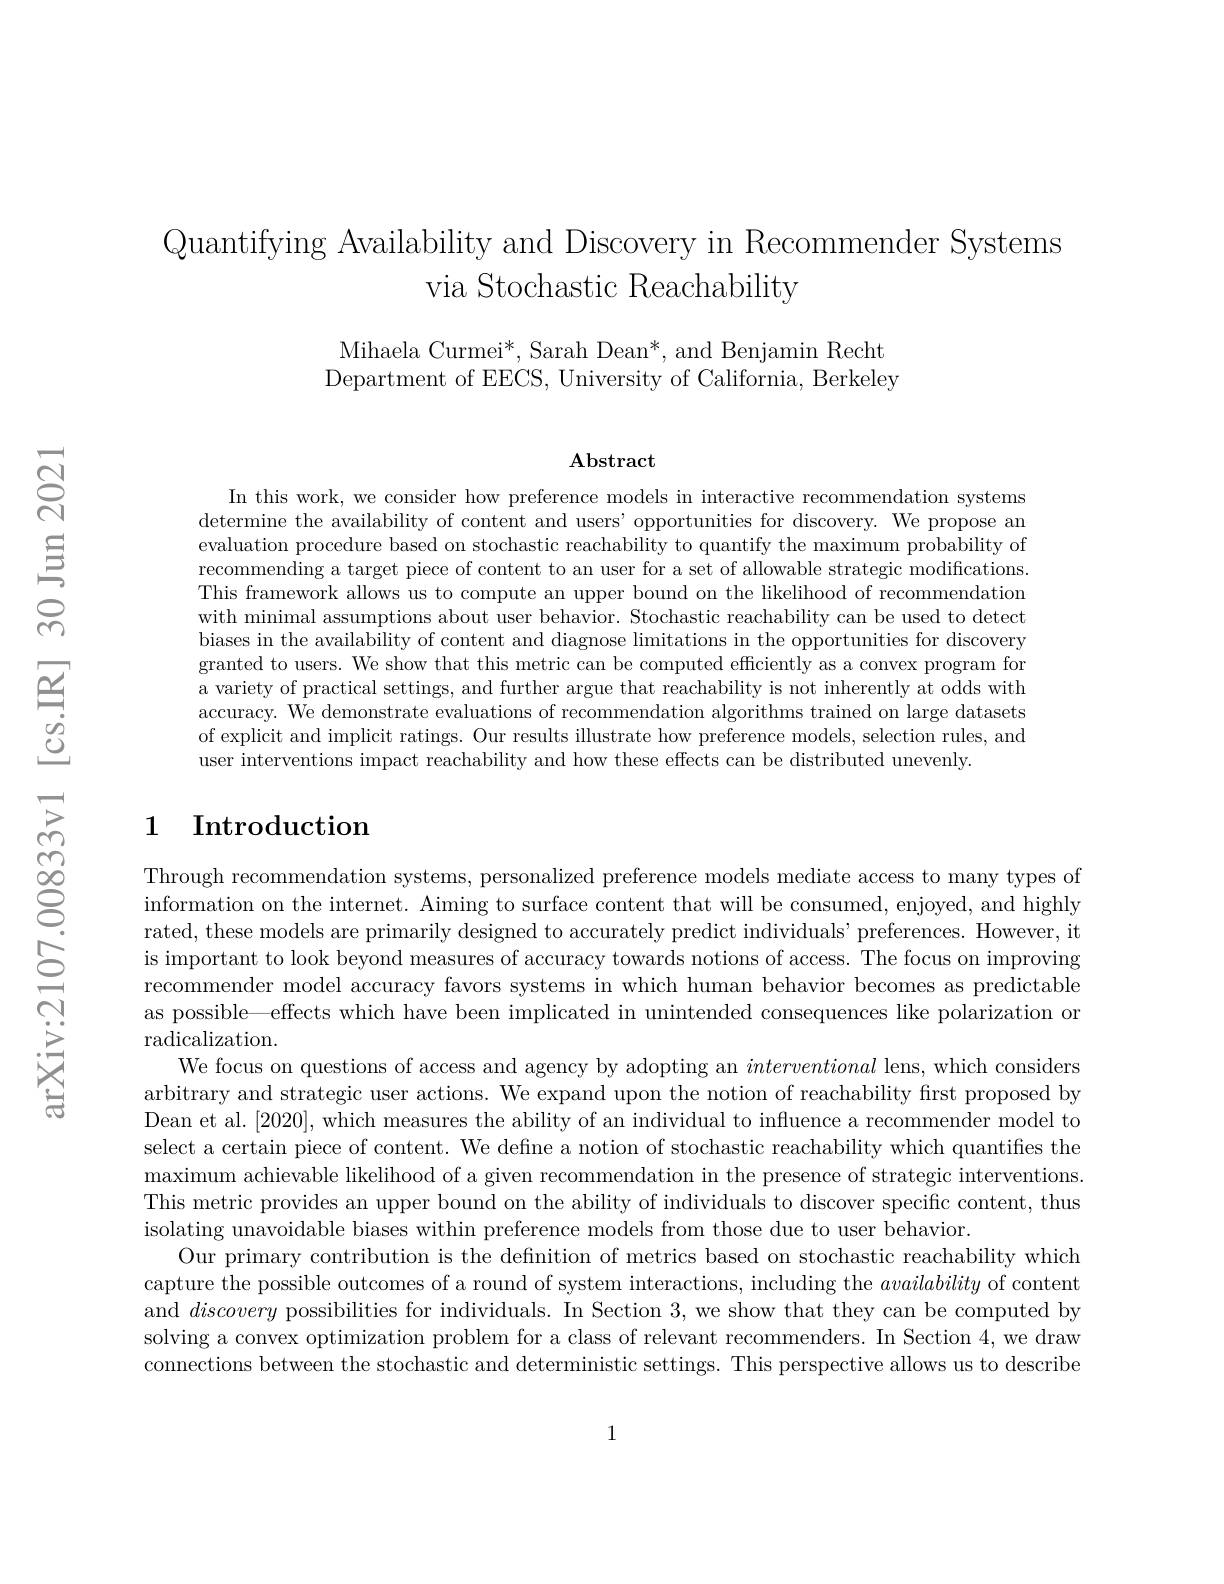
Quantifying Availability and Discovery in Recommender Systems
via Stochastic Reachability

Mihaela Curmei*, Sarah Dean*, and Benjamin Recht Department of EECS, University of California, Berkeley

$\mathbf{Abstract}$

In this work, we consider how preference models in interactive recommendation systems determine the availability of content and users' opportunities for discovery. We propose an evaluation procedure based on stochastic reachability to quantify the maximum probability of recommending a target piece of content to an user for a set of allowable strategic modifications. This framework allows us to compute an upper bound on the likelihood of recommendation with minimal assumptions about user behavior. Stochastic reachability can be used to detect biases in the availability of content and diagnose limitations in the opportunities for discovery granted to users. We show that this metric can be computed efficiently as a convex program for a variety of practical settings, and further argue that reachability is not inherently at odds with accuracy. We demonstrate evaluations of recommendation algorithms trained on large datasets of explicit and implicit ratings. Our results illustrate how preference models, selection rules, and user interventions impact reachability and how these effects can be distributed unevenly.

## 1 Introduction

Through recommendation systems, personalized preference models mediate access to many types of information on the internet. Aiming to surface content that will be consumed, enjoyed, and highly rated, these models are primarily designed to accurately predict individuals' preferences. However, it is important to look beyond measures of accuracy towards notions of access. The focus on improving recommender model accuracy favors systems in which human behavior becomes as predictable as possible—effects which have been implicated in unintended consequences like polarization or

radicalization.
We focus on questions of access and agency by adopting an interventional lens, which considers arbitrary and strategic user actions. We expand upon the notion of reachability first proposed by Dean et al. [2020], which measures the ability of an individual to influence a recommender model to select a certain piece of content. We define a notion of stochastic reachability which quantifies the maximum achievable likelihood of a given recommendation in the presence of strategic interventions. This metric provides an upper bound on the ability of individuals to discover specific content, thus isolating unavoidable biases within preference models from those due to user behavior.
Our primary contribution is the definition of metrics based on stochastic reachability which capture the possible outcomes of a round of system interactions, including the availability of content and discovery possibilities for individuals. In Section 3, we show that they can be computed by solving a convex optimization problem for a class of relevant recommenders. In Section 4, we draw connections between the stochastic and deterministic settings. This perspective allows us to describe

1